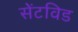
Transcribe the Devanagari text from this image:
सेंटविड